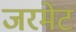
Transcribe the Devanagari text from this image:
जरमेट